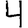
Digit: 4